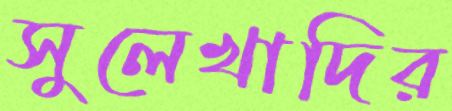
সুলেখাদির